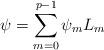
LaTeX: \begin{align*}\psi=\sum_{m=0}^{p-1} \psi_m L_m\end{align*}